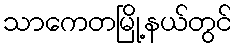
သာကေတမြို့နယ်တွင်